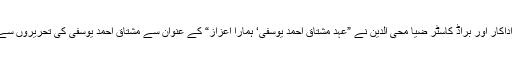
پہلے دن کے دوسرے سیشن میں ناپا کے چیئرمین ممتاز اداکار اور براڈ کاسٹر ضیا محی الدین نے ”عہد ِمشتاق احمد یوسفی‘ ہمارا اعزاز“ کے عنوان سے مشتاق احمد یوسفی کی تحریروں سے اقتباسات پڑھے، جن سے حاضرین خوب محظوظ ہوئے۔